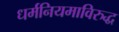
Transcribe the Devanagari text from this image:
धर्मनियमाविरुद्ध